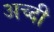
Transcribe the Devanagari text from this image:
अच्दी